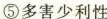
⑤\rightarrow多害少利性